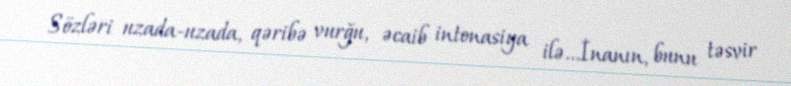
Sözləri uzada-uzada, qəribə vurğu, əcaib intonasiya ilə...İnanın, bunu təsvir